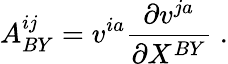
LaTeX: A_{BY}^{ij}=v^{ia}{\frac{\partial v^{ja}}{\partial X^{BY}}}\; .